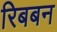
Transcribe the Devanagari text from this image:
रिबबन